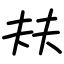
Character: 㚘